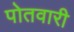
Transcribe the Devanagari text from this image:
पोतवारी